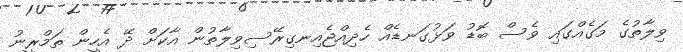
ވިލާތުގެ މަގެއްގައި ވެސް ބޮޑު ވަޅުގަނޑެއް ހެދިއްޖެއިނގިރޭސިވިލާތުން އާކަށް ދޭ އެހީން ތަމްރީނު